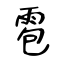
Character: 雹